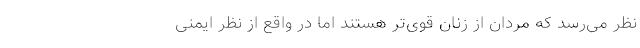
نظر می‌رسد که مردان از زنان قوی‌تر هستند اما در واقع از نظر ایمنی